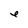
Character: e